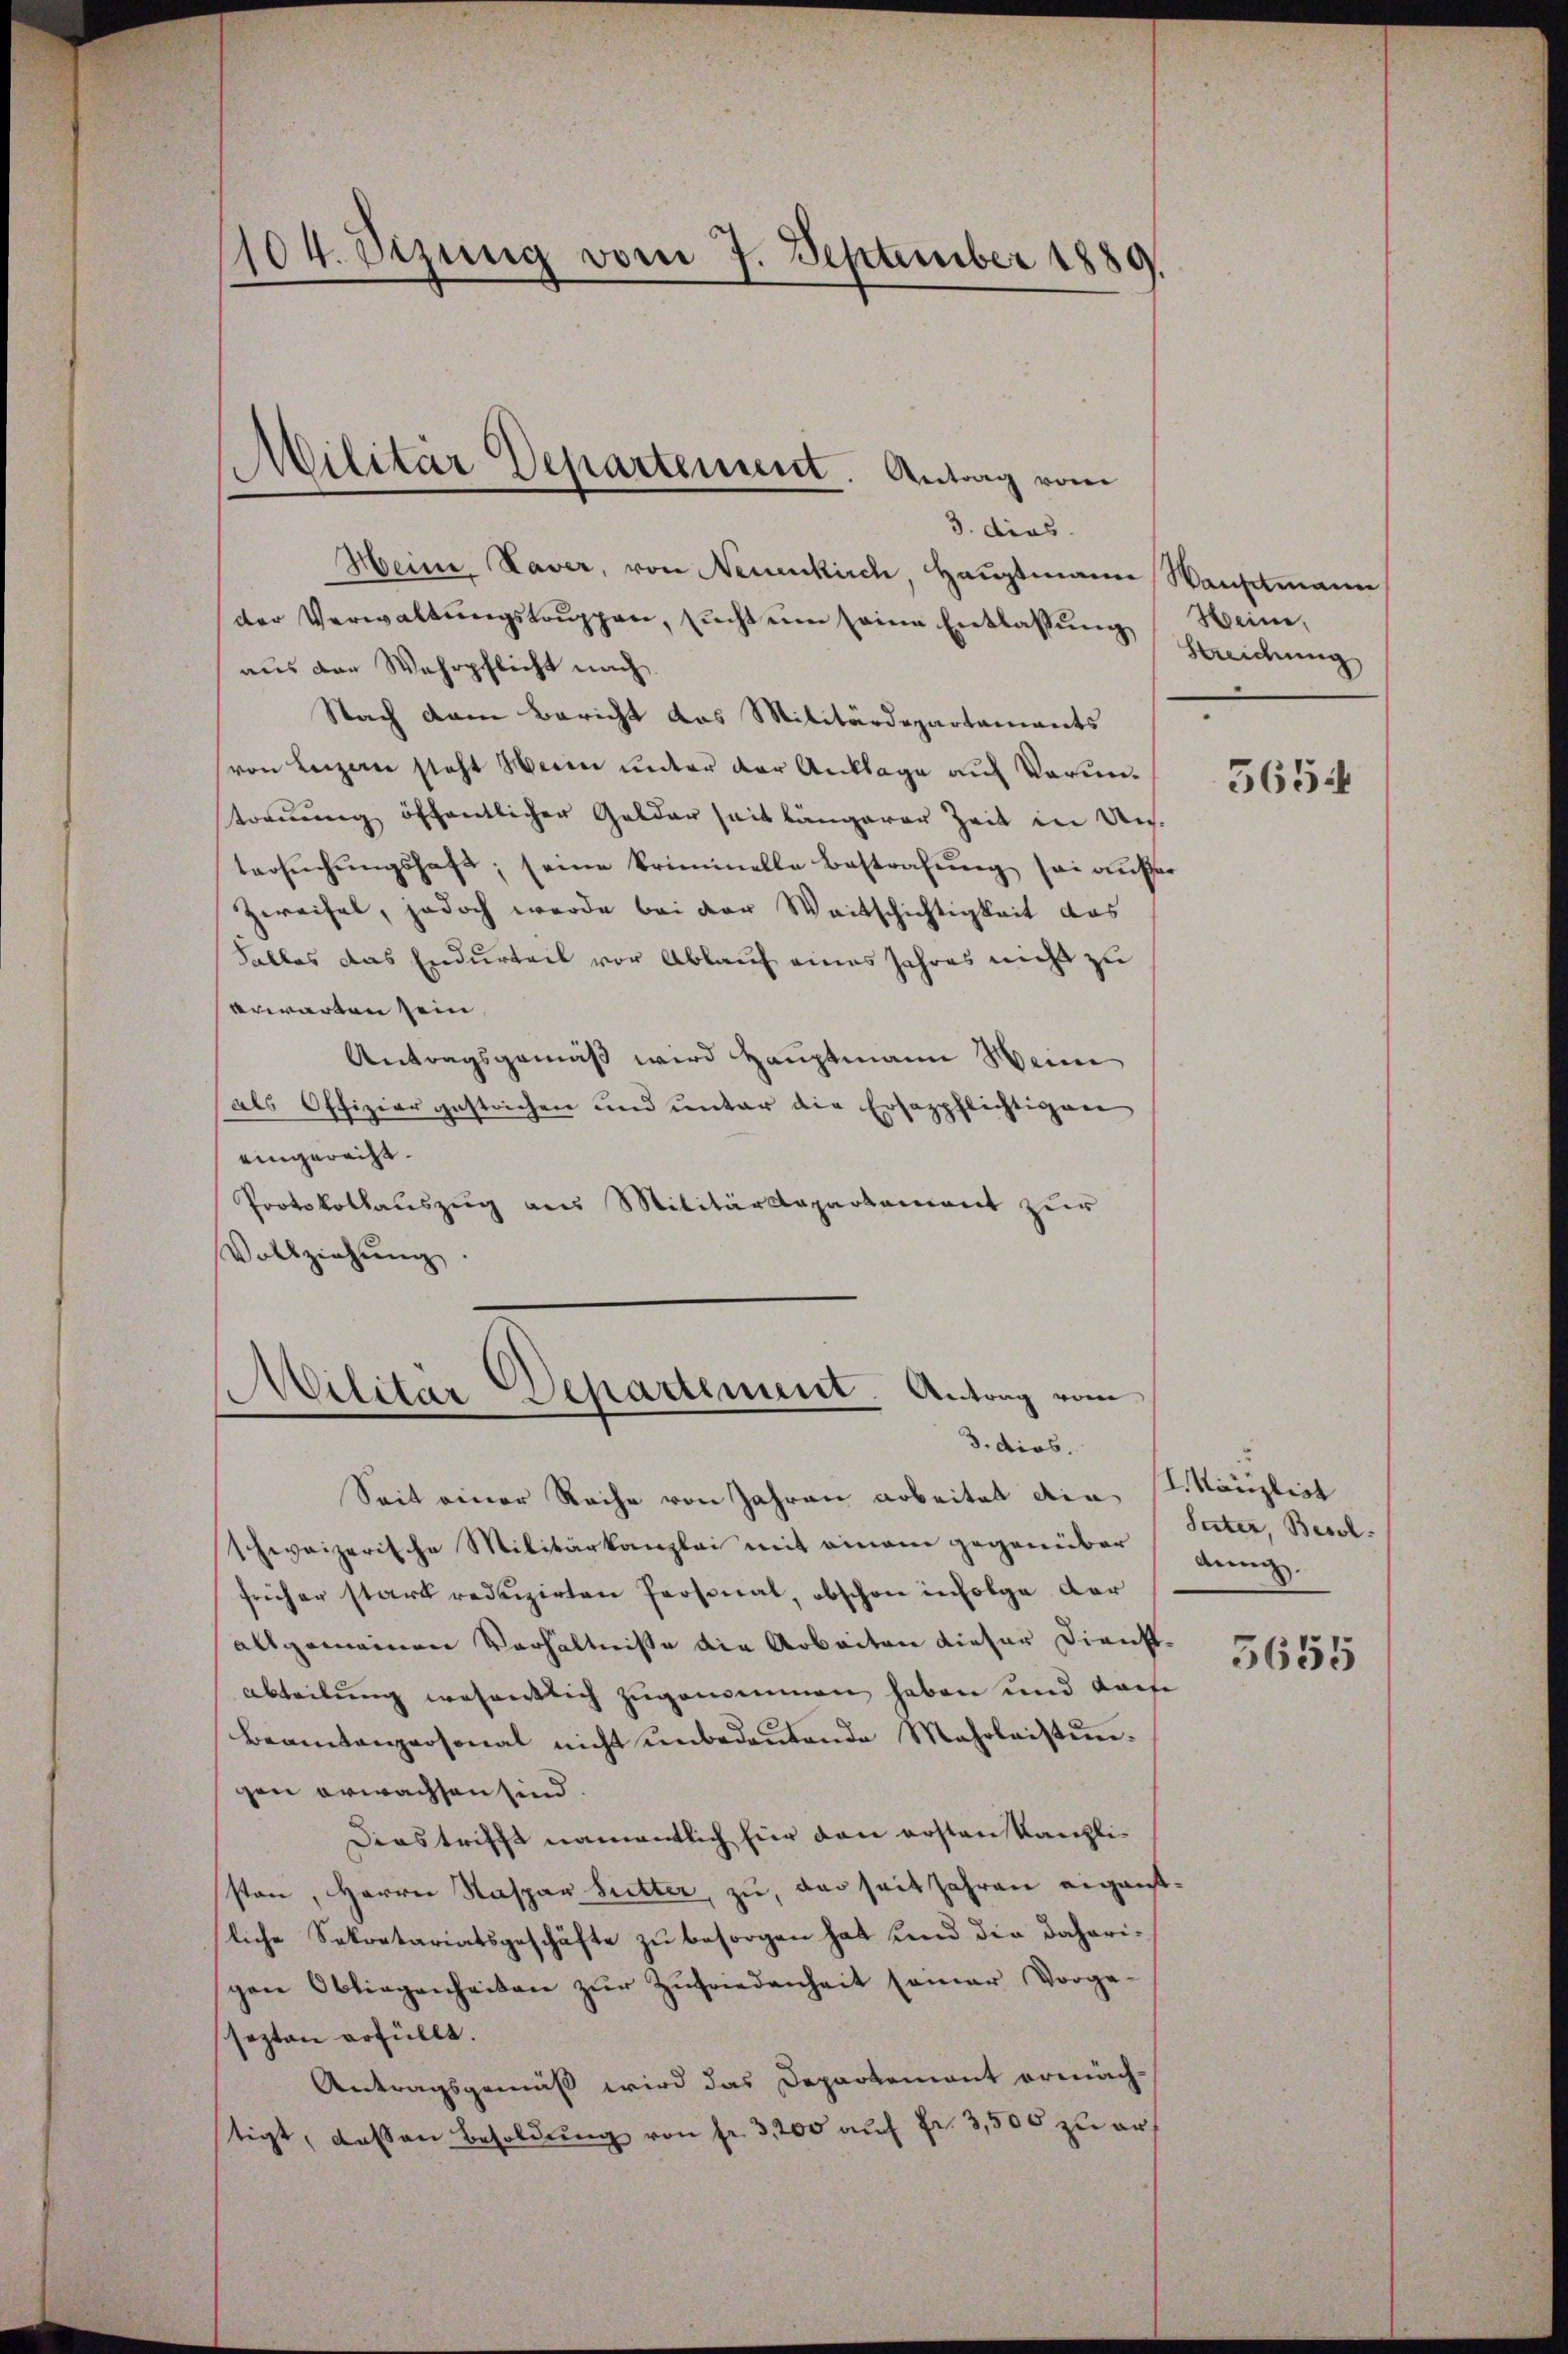
3. dies
Heine Naver, von Neuenkirch, Hauptmann Wartmann
der Verwaltŭngstruppen, sucht um seine Entlassung
aus der Wehrpflicht nach
Nach dem Bericht das Militärdepartamants
von Leizen steht Weiner unter der Anklage auf Voruntornung öffentlicher Gelderseit längerer Zeit in Uns.
tersŭchŭngshaft, seine kriminelle Bestrafŭng sei aufer
Zweifel, jedoch werde bei der Weitschichtigkeit das
Falles das Endurteil vor Ablauf eines Jahres nicht zu
erwarten sein,
Antragsgemäß wird Hauptmann Weine
als Offiziergestrichen und unter die Ersazpflichtigen
eingerecht.
Protokollauszug aus Militärdepartement zur
Vollziehŭng.

104. Sizung vom 7. September 1889.

Militar Departement. Antrag vom

Militär Departement. Antrag vom
3.dios.

Seit einer Reihe von Jahren arbeitet die Kanzleit
Schweizerische Militärkanzlei mit einem gegenüber Peter, Besolfrüher stark reduzirten Personal, obschon infolge der
allgemeinen Verhältnisse die Arbeiten dieser Dienstabteilung wesentlich zugenommen haben und Lache
Beamtenpersonat nicht unbedeŭtende Mehrleistungen erwachsen sind.
Diastrifft namentlich hier den ersten Kanzliston, Herrn Kaspar Sutter, zu, der seit Jahren eigentliche Sekretariatsgeschäfte zu besorgen hat und die daherigen Obliegenheiten zŭr Zufriedenheit seiner Vorga-
sezten erfüllt.
Antragsgemäß wird das Departement ermäch-
tigt, dassen Besoldung von fr. 3200 auf Fr. 3,500 zu er¬

Weine,
Streichung

3654

anng

5655